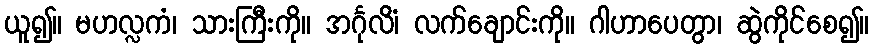
ယူ၍။ မဟလ္လကံ၊ သားကြီးကို။ အင်္ဂုလိံ၊ လက်ချောင်းကို။ ဂါဟာပေတွာ၊ ဆွဲကိုင်စေ၍။